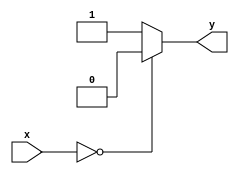
module don_t_care_case(
    input wire [1:0] x,
    output reg y
);

always @(*) begin
    case(x)
        2'b00: y = 0; // Define behavior for specific cases
        2'b01: y = 1;
        default: y = 1; // Don't care case, default behavior for all other cases
    endcase
end

endmodule